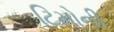
ટિમોની